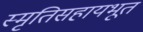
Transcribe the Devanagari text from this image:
स्मृतिसहायभूत